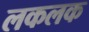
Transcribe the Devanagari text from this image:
लकलक